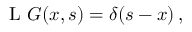
\operatorname { L } \, G ( x , s ) = \delta ( s - x ) \, ,